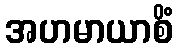
အဟမာယာစိံ